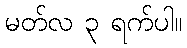
မတ်လ ၃ ရက်ပါ။